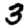
Digit: 3